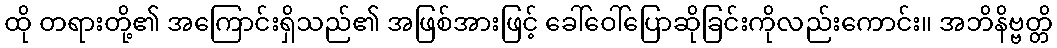
ထို တရားတို့၏ အကြောင်းရှိသည်၏ အဖြစ်အားဖြင့် ခေါ်ဝေါ်ပြောဆိုခြင်းကိုလည်းကောင်း။ အဘိနိဗ္ဗတ္တိ